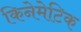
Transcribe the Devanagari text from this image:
किनेमेटिक